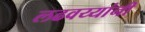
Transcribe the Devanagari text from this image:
लढवय्यांनी